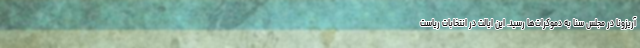
آریزونا در مجلس سنا به دموکرات‌ها رسید. این ایالت در انتخابات ریاست